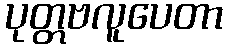
ပုတ္တဗလူပေတာ